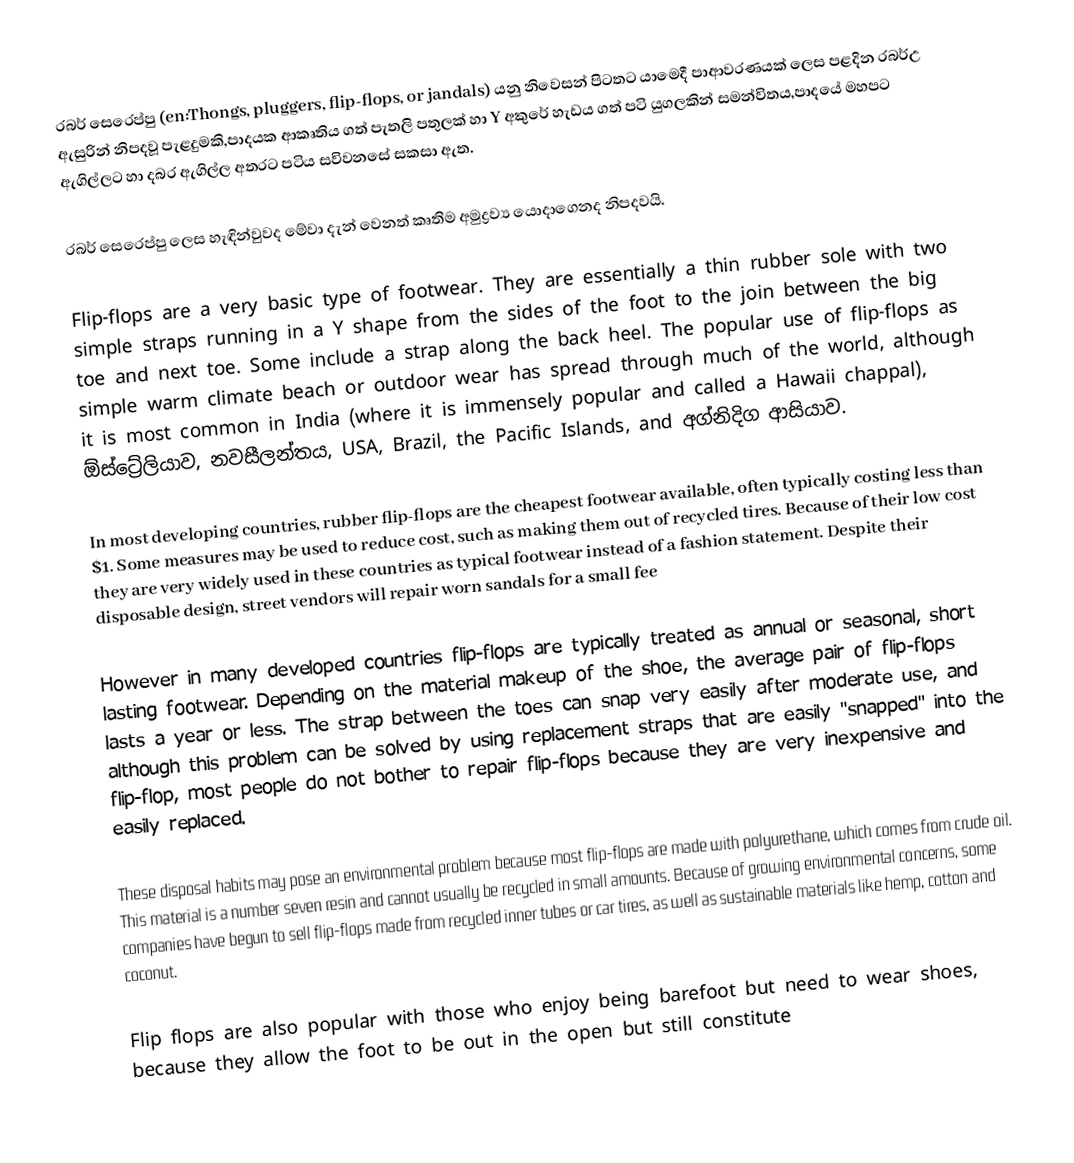
රබර් සෙරෙප්පු (en:Thongs, pluggers, flip-flops, or jandals) යනු නිවෙසන් පිටතට යාමෙදී පාආවරණයක් ලෙස පළදින රබර්උ ඇසුරින් නිපදවූ පැළදුමකි,පාදයක ආකෘතිය ගත් පැතලි පතුලක් හා  Y අකුරේ හැඩය ගත් පටි යුගලකින් සමන්විතය,පාදයේ මහපට ඇගිල්ලට හා දබර ඇගිල්ල අතරට පටිය සවිවනසේ සකසා ඇත.

රබර් සෙරෙප්පු ලෙස හැඳින්වුවද මේවා දැන් වෙනත් කෘතිම අමුද්‍රව්‍ය යොදාගෙනද නිපදවයි.

Flip-flops are a very basic type of footwear. They are essentially a thin rubber sole with two simple straps running in a Y shape from the sides of the foot to the join between the big toe and next toe.  Some include a strap along the back heel. The popular use of flip-flops as simple warm climate beach or outdoor wear has spread through much of the world, although it is most common in India (where it is immensely popular and called a Hawaii chappal), ඕස්ට්‍රේලියාව, නවසීලන්තය, USA, Brazil, the Pacific Islands, and අග්නිදිග ආසියාව.

In most developing countries, rubber flip-flops are the cheapest footwear available, often typically costing less than $1. Some measures may be used to reduce cost, such as making them out of recycled tires. Because of their low cost they are very widely used in these countries as typical footwear instead of a fashion statement. Despite their disposable design, street vendors will repair worn sandals for a small fee

However in many developed countries flip-flops are typically treated as annual or seasonal, short lasting footwear.  Depending on the material makeup of the shoe, the average pair of flip-flops lasts a year or less.  The strap between the toes can snap very easily after moderate use, and although this problem can be solved by using replacement straps that are easily "snapped" into the flip-flop, most people do not bother to repair flip-flops because they are very inexpensive and easily replaced.

These disposal habits may pose an environmental problem because most flip-flops are made with polyurethane, which comes from crude oil.  This material is a number seven resin and cannot usually be recycled in small amounts.    Because of growing environmental concerns, some companies have begun to sell flip-flops made from recycled inner tubes or car tires, as well as sustainable materials like hemp, cotton and coconut.

Flip flops are also popular with those who enjoy being barefoot but need to wear shoes, because they allow the foot to be out in the open but still constitute